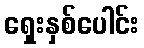
ရှေးနှစ်ပေါင်း